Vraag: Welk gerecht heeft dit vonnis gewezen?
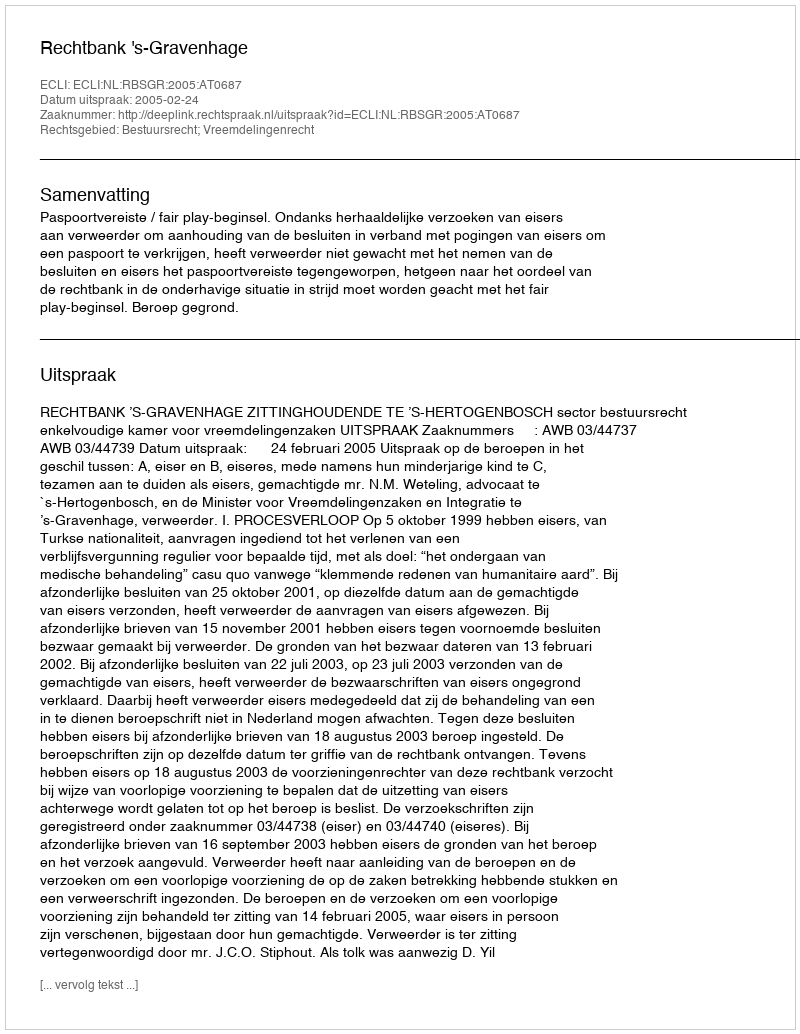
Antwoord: Rechtbank 's-Gravenhage